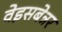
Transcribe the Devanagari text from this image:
वेइसबेन्नर